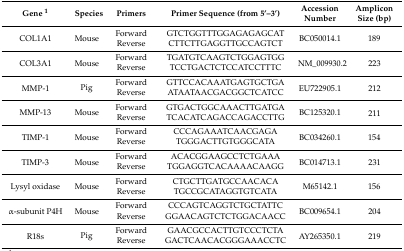
<table><thead><tr><td><b>Gene <sup>1</sup></b></td><td><b>Species</b></td><td><b>Primers</b></td><td><b>Primer Sequence (from 5′–3′)</b></td><td><b>Accession Number</b></td><td><b>Amplicon Size (bp)</b></td></tr></thead><tbody><tr><td rowspan="2">COL1A1</td><td rowspan="2">Mouse</td><td>Forward</td><td>GTCTGGTTTGGAGAGAGCAT</td><td rowspan="2">BC050014.1</td><td rowspan="2">189</td></tr><tr><td>Reverse</td><td>CTTCTTGAGGTTGCCAGTCT</td></tr><tr><td rowspan="2">COL3A1</td><td rowspan="2">Mouse</td><td>Forward</td><td>TGATGTCAAGTCTGGAGTGG</td><td rowspan="2">NM_009930.2</td><td rowspan="2">223</td></tr><tr><td>Reverse</td><td>TCCTGACTCTCCATCCTTTC</td></tr><tr><td rowspan="2">MMP-1</td><td rowspan="2">Pig</td><td>Forward</td><td>GTTCCACAAATGAGTGCTGA</td><td rowspan="2">EU722905.1</td><td rowspan="2">212</td></tr><tr><td>Reverse</td><td>ATAATAACGACGGCTCATCC</td></tr><tr><td rowspan="2">MMP-13</td><td rowspan="2">Mouse</td><td>Forward</td><td>GTGACTGGCAAACTTGATGA</td><td rowspan="2">BC125320.1</td><td rowspan="2">211</td></tr><tr><td>Reverse</td><td>TCACATCAGACCAGACCTTG</td></tr><tr><td rowspan="2">TIMP-1</td><td rowspan="2">Mouse</td><td>Forward</td><td>CCCAGAAATCAACGAGA</td><td rowspan="2">BC034260.1</td><td rowspan="2">154</td></tr><tr><td>Reverse</td><td>TGGGACTTGTGGGCATA</td></tr><tr><td rowspan="2">TIMP-3</td><td rowspan="2">Mouse</td><td>Forward</td><td>ACACGGAAGCCTCTGAAA</td><td rowspan="2">BC014713.1</td><td rowspan="2">231</td></tr><tr><td>Reverse</td><td>TGGAGGTCACAAAACAAGG</td></tr><tr><td rowspan="2">Lysyl oxidase</td><td rowspan="2">Mouse</td><td>Forward</td><td>CTGCTTGATGCCAACACA</td><td rowspan="2">M65142.1</td><td rowspan="2">156</td></tr><tr><td>Reverse</td><td>TGCCGCATAGGTGTCATA</td></tr><tr><td rowspan="2">α-subunit P4H</td><td rowspan="2">Mouse</td><td>Forward</td><td>CCCAGTCAGGTCTGCTATTC</td><td rowspan="2">BC009654.1</td><td rowspan="2">204</td></tr><tr><td>Reverse</td><td>GGAACAGTCTCTGGACAACC</td></tr><tr><td rowspan="2">R18s</td><td rowspan="2">Pig</td><td>Forward</td><td>GAACGCCACTTGTCCCTCTA</td><td rowspan="2">AY265350.1</td><td rowspan="2">219</td></tr><tr><td>Reverse</td><td>GACTCAACACGGGAAACCTC</td></tr></tbody></table>